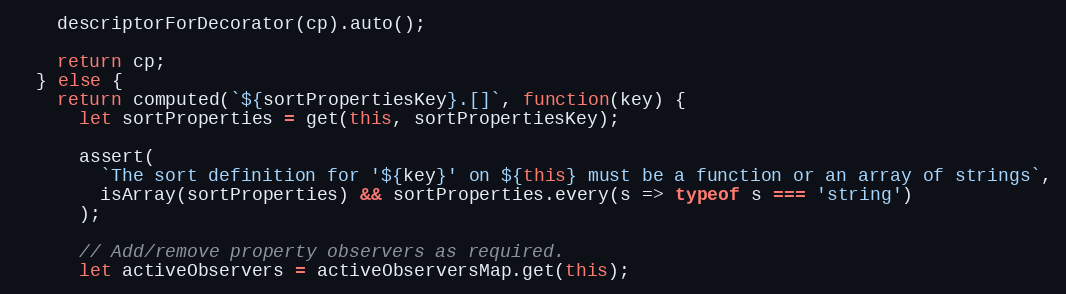
Language: JavaScript
    descriptorForDecorator(cp).auto();

    return cp;
  } else {
    return computed(`${sortPropertiesKey}.[]`, function(key) {
      let sortProperties = get(this, sortPropertiesKey);

      assert(
        `The sort definition for '${key}' on ${this} must be a function or an array of strings`,
        isArray(sortProperties) && sortProperties.every(s => typeof s === 'string')
      );

      // Add/remove property observers as required.
      let activeObservers = activeObserversMap.get(this);